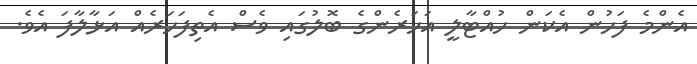
އެންމެ ފަހުން އެކަން ހުއްޓާލީ އަހަރެންގެ ބޮލުގައި ވެސް އެތިފަހަރެއް އަޅާލާފަ އެވެ.